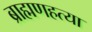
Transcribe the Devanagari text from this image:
ब्राह्मणहत्या